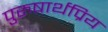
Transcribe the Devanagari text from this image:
पुरुषार्थप्रिय